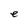
Character: e